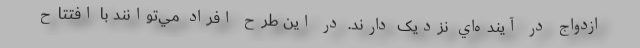
ازدواج در آينده‌اي نزديک دارند. در اين طرح افراد مي‌توانند با افتتاح